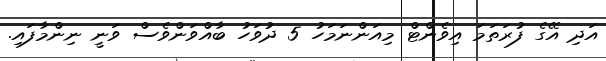
އަދި އޭގެ ފުރަތަމަ އިވެންޓް މިއަންނަމަހު 5 ދުވަހު ބާއްވަންވެސް ވަނީ ނިންމާފައި.